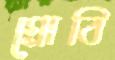
গ্রোবি